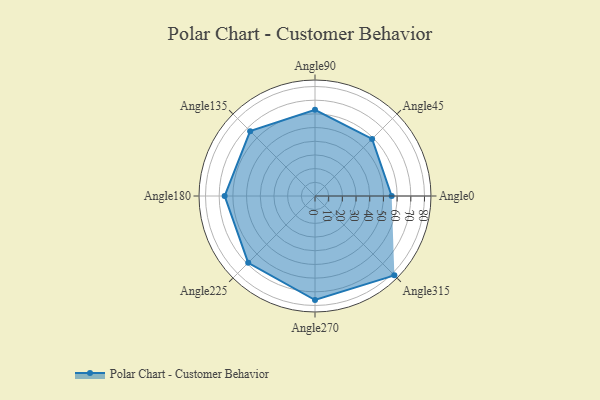
{"axis": {"x": "Angle", "y": "Radius"}, "legend": [""], "data": [{"x": "Angle0", "y": 56.0, "type": ""}, {"x": "Angle45", "y": 59.0, "type": ""}, {"x": "Angle90", "y": 63.0, "type": ""}, {"x": "Angle135", "y": 67.0, "type": ""}, {"x": "Angle180", "y": 66.0, "type": ""}, {"x": "Angle225", "y": 69.0, "type": ""}, {"x": "Angle270", "y": 76.0, "type": ""}, {"x": "Angle315", "y": 82.0, "type": ""}]}